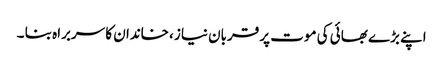
اپنے بڑے بھائی کی موت پر قربان نیاز ،خاندان کا سربراہ بنا ۔